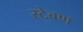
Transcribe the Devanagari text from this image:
स्टेवण